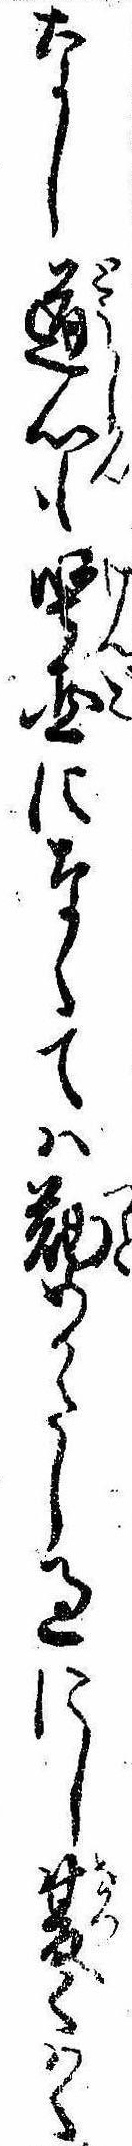
なし道心も堅固になくては勤めかたし過にし夏くはく